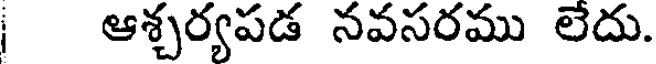
ఆశ్చర్యపడ నవసరము లేదు.